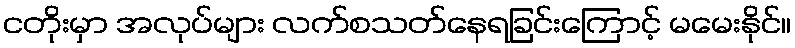
ငတိုးမှာ အလုပ်များ လက်စသတ်နေရခြင်းကြောင့် မမေးနိုင်။